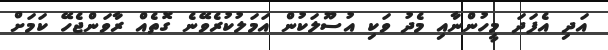
އަދި އެފަދަ މީހުންނާއި މެދު ވަކި އުސޫލަކުން އަމަލުކުރެވޭނެ ގޮތެއް ރާވަންޖެހޭ ކަމަށް